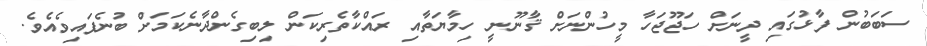
ސަބަބުން ފާޅުގައި ދީނަށް ހަޖޫޖަހާ މީހުންނަށް ޤާނޫނީ ހިމާޔަތާއި ރައްކާތެރިކަން ލިބިގެންދާނެކަމަށް ބުނެފައިވެއެވެ.